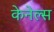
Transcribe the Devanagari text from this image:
केनेल्स